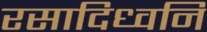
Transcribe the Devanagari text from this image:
रसादिध्वनि